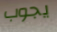
يجوب